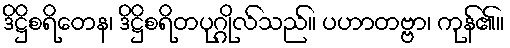
ဒိဋ္ဌိစရိတေန၊ ဒိဋ္ဌိစရိတပုဂ္ဂိုလ်သည်။ ပဟာတဗ္ဗာ၊ ကုန်၏။